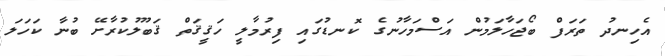
އެހިނދު ތަރަފް ބޯޖަހާލަމުން އަސްމަހާނުގެ ކޮނޑުގައި ފިރުމާލީ ހަޤީޤަތް ޤަބޫލުކުރާށޭ ބުނާ ކަހަލަ